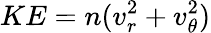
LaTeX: KE=n(v_{r}^{2}+v_{\theta}^{2})